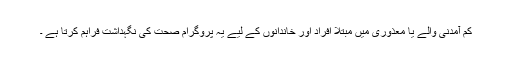
کم آمدنی والے یا معذوری میں مبتلا افراد اور خاندانوں کے لیے یہ پروگرام صحت کی نگہداشت فراہم کرتا ہے ۔